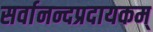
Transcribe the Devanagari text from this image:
सर्वानन्दप्रदायकम्